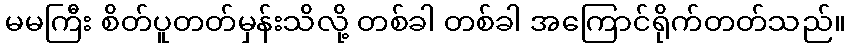
မမကြီး စိတ်ပူတတ်မှန်းသိလို့ တစ်ခါ တစ်ခါ အကြောင်ရိုက်တတ်သည်။